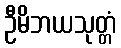
ဦမိဘယသုတ္တံ